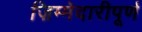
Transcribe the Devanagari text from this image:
ज़िम्मेदारीपूर्ण